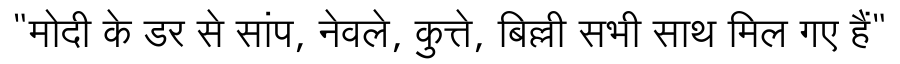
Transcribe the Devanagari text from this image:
"मोदी के डर से सांप, नेवले, कुत्ते, बिल्ली सभी साथ मिल गए हैं"